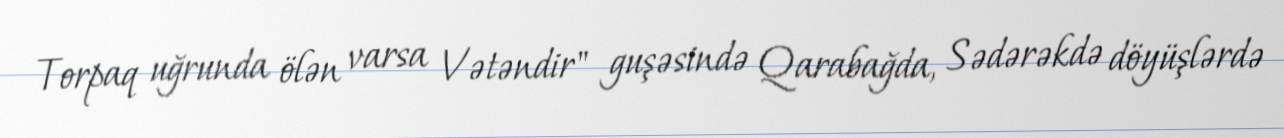
Torpaq uğrunda ölən varsa Vətəndir" guşəsində Qarabağda, Sədərəkdə döyüşlərdə